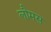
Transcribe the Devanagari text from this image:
लौमस